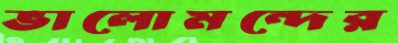
ভালোমন্দের